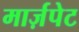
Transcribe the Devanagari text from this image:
मार्ज़पेट